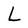
Character: L